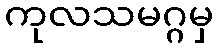
ကုလသမဂ္ဂမှ